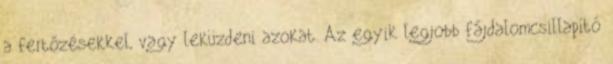
a fertőzésekkel, vagy leküzdeni azokat. Az egyik legjobb fájdalomcsillapító